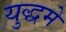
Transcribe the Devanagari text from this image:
युद्धमे